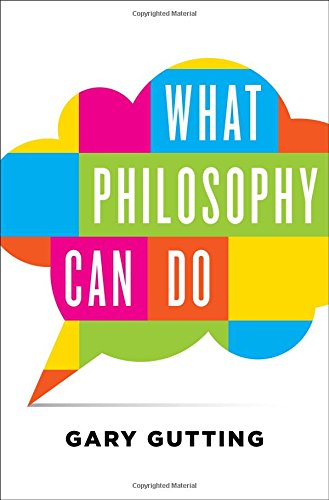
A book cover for What Philosophy Can Do; Gary Gutting; Politics & Social Sciences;